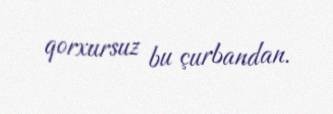
qorxursuz bu çurbandan.